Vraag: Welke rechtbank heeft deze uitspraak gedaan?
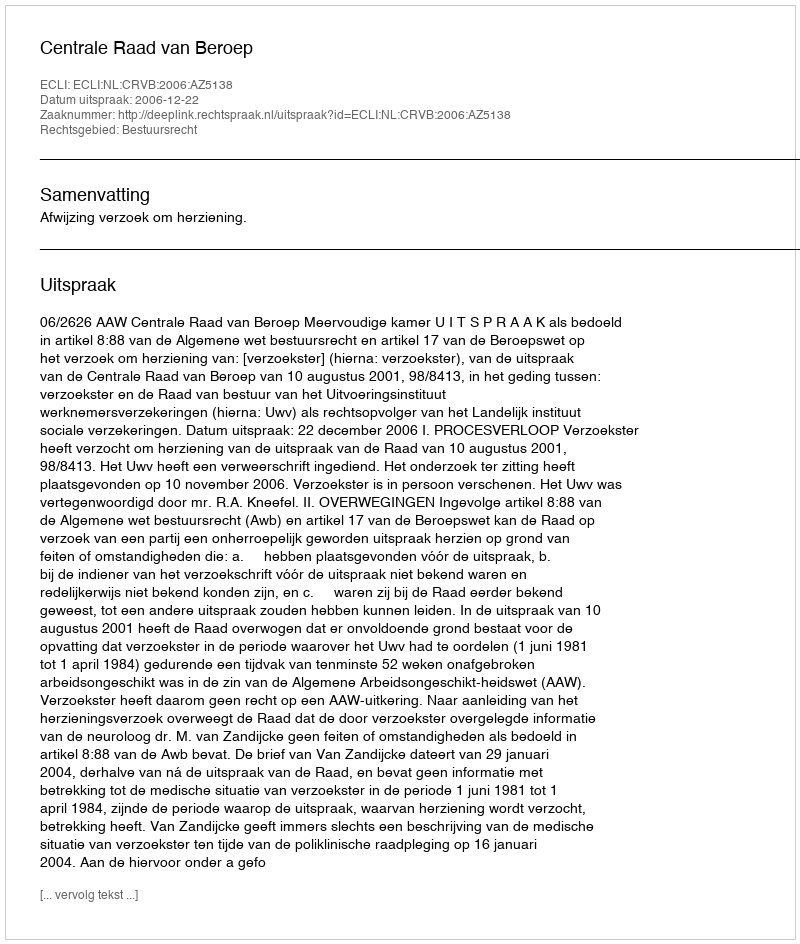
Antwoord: Centrale Raad van Beroep